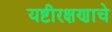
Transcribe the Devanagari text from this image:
यष्टीरक्षणाचे